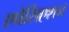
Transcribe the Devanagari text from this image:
एप्रेसिएशन